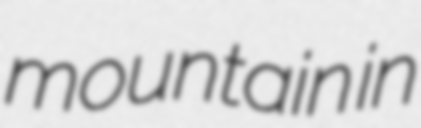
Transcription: mountain in